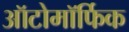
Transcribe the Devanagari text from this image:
ऑटोमॉर्फिक